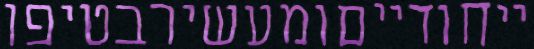
ייחודייםומעשירבטיפו